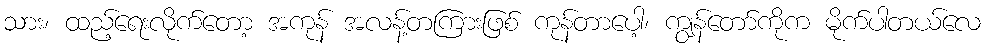
သား၊ ထည့်ရေးလိုက်တော့ အကုန် အလန့်တကြားဖြစ် ကုန်တာပေါ့၊ ကျွန်တော်ကိုက မိုက်ပါတယ်လေ